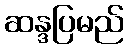
ဆန္ဒပြမည်